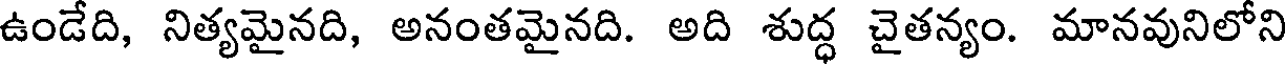
ఉండేది, నిత్యమైనది, అనంతమైనది. అది శుద్ధ చైతన్యం. మానవునిలోని